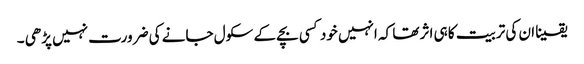
یقینا ان کی تربیت کا ہی اثر تھا کہ انہیں خود کسی بچے کے سکول جانے کی ضرورت نہیں پڑھی ۔